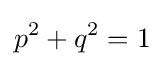
p^{2}+q^{2}=1